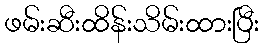
ဖမ်းဆီးထိန်းသိမ်းထားပြီး